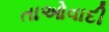
તાઓવાદી